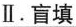
Ⅱ.盲填